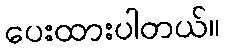
ပေးထားပါတယ်။